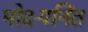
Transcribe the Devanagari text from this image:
मोक्ष्यनिंत